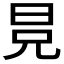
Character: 𣅷